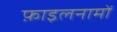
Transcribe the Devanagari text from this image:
फ़ाइलनामों